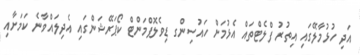
އަދި ހުޅުމާލޭގައި އިތުރު ފްލެޓްތައް އެޅުމަށް ހައުސިންގ ޑިވެލޮޕްމަންޓް ކޯޕަރޭޝަންގައި އެދިލައްވާނެ ކަމަށާއި